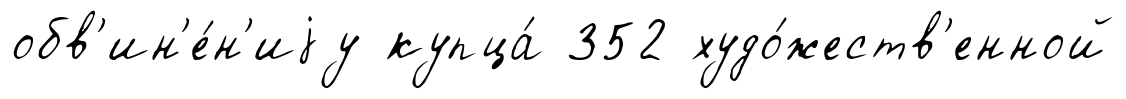
обв'ин'е́н'иjу купца́ 352 худо́жеств'енной